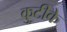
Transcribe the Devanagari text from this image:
कुटीके